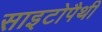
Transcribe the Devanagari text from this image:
साइटोपैथी